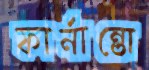
ফার্নান্তো